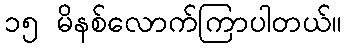
၁၅ မိနစ်လောက်ကြာပါတယ်။